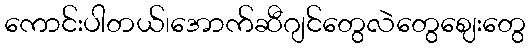
ကောင်းပါတယ်၊အောက်ဆီဂျင်တွေလဲတွေဈေးတွေ